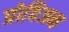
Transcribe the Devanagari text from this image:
प्रोविजन